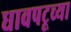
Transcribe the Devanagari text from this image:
धावपटूच्या